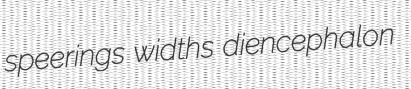
speerings widths diencephalon